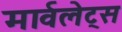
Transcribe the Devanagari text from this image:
मार्वलेट्स